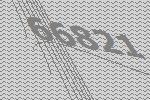
66821